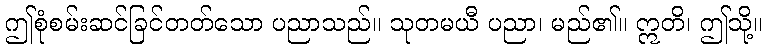
ဤစုံစမ်းဆင်ခြင်တတ်သော ပညာသည်။ သုတမယီ ပညာ၊ မည်၏။ ဣတိ၊ ဤသို့။